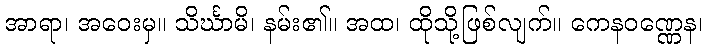
အာရာ၊ အဝေးမှ။ သိင်္ဃာမိ၊ နမ်း၏။ အထ၊ ထိုသို့ဖြစ်လျက်။ ကေနဝဏ္ဏေန၊